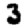
Digit: 3